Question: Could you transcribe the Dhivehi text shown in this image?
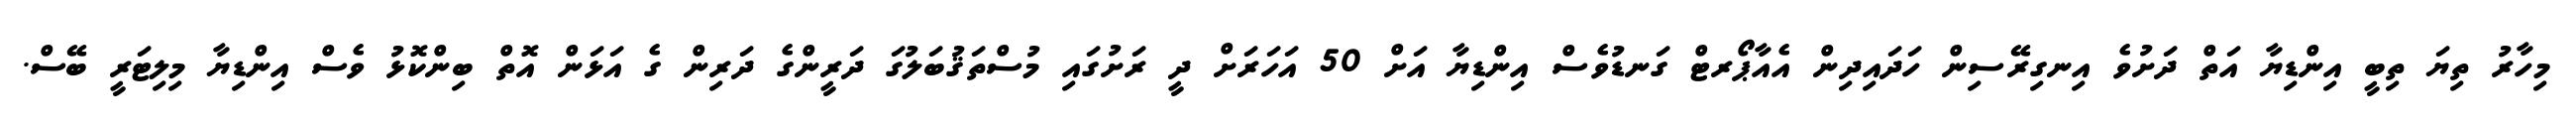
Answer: މިހާރު ތިޔަ ތިބީ އިންޑިޔާ އަތް ދަށުވެ އިނގިރޭސިން ހަދައިދިން އެއާޕޯރޓް ގަނޑުވެސް އިންޑިޔާ އަށް 50 އަހަރަށް ދީ ރަށުގައި މުސްތަޤުބަލުގަ ދަރީންގެ ދަރިން ގެ އަޅަން އޮތް ބިންކޮޅު ވެސް އިންޑިޔާ މިލިޓަރީ ބޭސް.